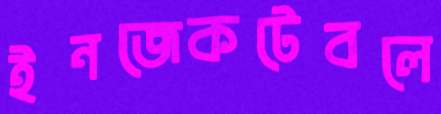
ইনজেকটেবলে